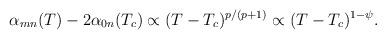
LaTeX: \begin{align*}\alpha_{mn}(T) - 2 \alpha_{0n}(T_c) \propto (T-T_c)^{p/(p+1)} \propto (T-T_c)^{1-\psi}.\end{align*}